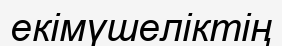
екімүшеліктің